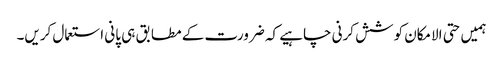
ہمیں حتی الامکان کوشش کرنی چاہیے کہ ضرورت کے مطابق ہی پانی استعمال کریں۔